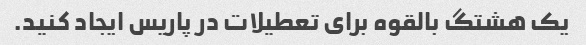
یک هشتگ بالقوه برای تعطیلات در پاریس ایجاد کنید.